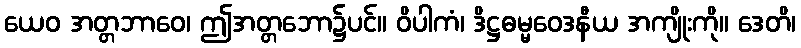
ယေဝ အတ္တဘာဝေ၊ ဤအတ္တဘော၌ပင်။ ဝိပါကံ၊ ဒိဋ္ဌဓမ္မဝေဒနီယ အကျိုးကို။ ဒေတိ၊